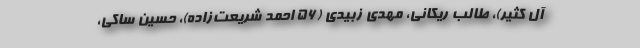
آل کثیر)، طالب ریکانی، مهدی زبیدی (۵۶ احمد شریعت‌زاده)، حسین ساکی،